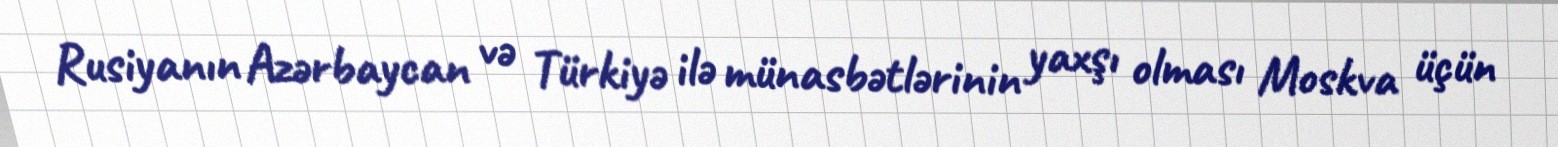
Rusiyanın Azərbaycan və Türkiyə ilə münasbətlərinin yaxşı olması Moskva üçün